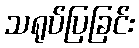
သရုပ်ပြခြင်း